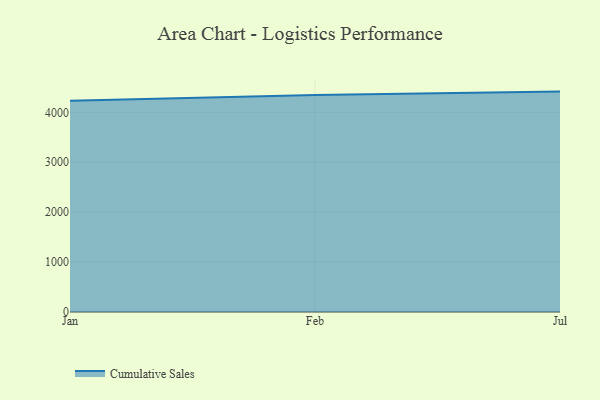
{"axis": {"x": "Month", "y": "Inventory Turnover"}, "legend": ["Cumulative Sales"], "data": [{"x": "Jan", "y": 4234.5, "type": "Cumulative Sales"}, {"x": "Feb", "y": 4346.4, "type": "Cumulative Sales"}, {"x": "Jul", "y": 4415.9, "type": "Cumulative Sales"}]}